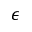
\epsilon